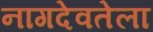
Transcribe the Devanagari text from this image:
नागदेवतेला